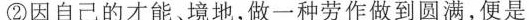
②因自己的才能、境地，做一种劳作做到圆满，便是